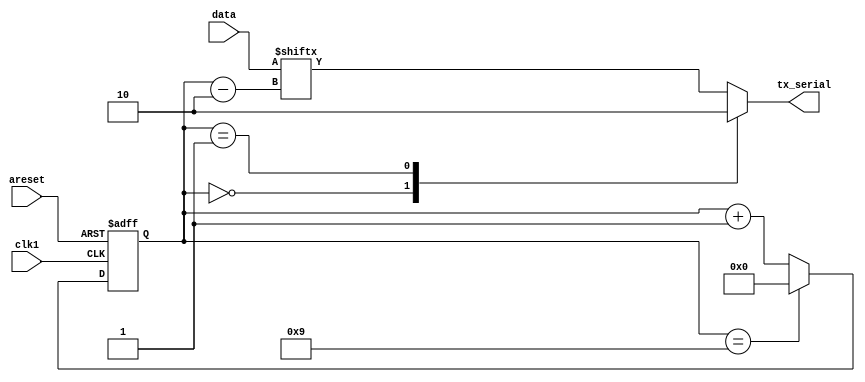
module uart_tx (
  input areset,clk1,
  input [7:0] data,
  //output en_flag,
  output reg tx_serial
);
parameter Start_bit = 1'b0, End_bit = 1'b1;
reg [3:0] counter1;

 always@(*)
 begin
    case(counter1)
      0 : tx_serial = End_bit;
      1 : tx_serial = Start_bit;
      default : tx_serial = data[counter1 - 2];
    endcase 
 end
 
 always@(posedge clk1 or negedge areset)
   begin 
 if(~areset)
       counter1 <= 4'b0000;
   
    else if (counter1 == 4'b1001)
     counter1 <= 4'b0000;
  else
       counter1 <= counter1 + 1'b1;
   end
 //assign en_flag = (counter1 == 4'b1001);

endmodule